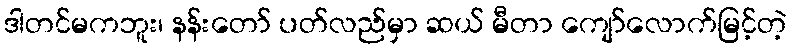
ဒါတင်မကဘူး၊ နန်းတော် ပတ်လည်မှာ ဆယ် မီတာ ကျော်လောက်မြင့်တဲ့